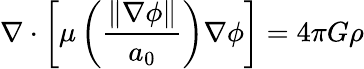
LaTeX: \nabla\cdot\left[\mu\left({\frac{\left\| \nabla\phi\right\| }{a_{0}}}\right)\nabla\phi\right]=4\pi G\rho